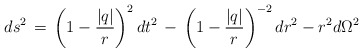
\begin{align*}d s^2\, =\, \left(1-\frac{|q|}{r}\right)^2dt^2\, -\,\left(1-\frac{|q|}{r}\right)^{-2}dr^2 -r^2d\Omega^2\end{align*}